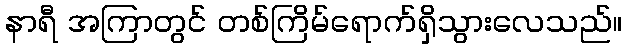
နာရီ အကြာတွင် တစ်ကြိမ်ရောက်ရှိသွားလေသည်။